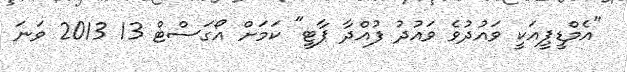
"އެމްޑީޕީއަކީ ވައުދުވެ ވައުދު ފުއްދާ ޕާޓީ" ކަމަށް އޯގަސްޓް 13 2013 ވަނަ